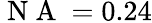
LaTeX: \mathrm{~N~A~}=0.24